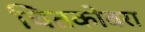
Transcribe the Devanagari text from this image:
चितकोबरा